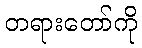
တရားတော်ကို